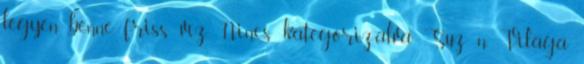
legyen benne friss víz. Nincs kategorizálva Suz n Világa